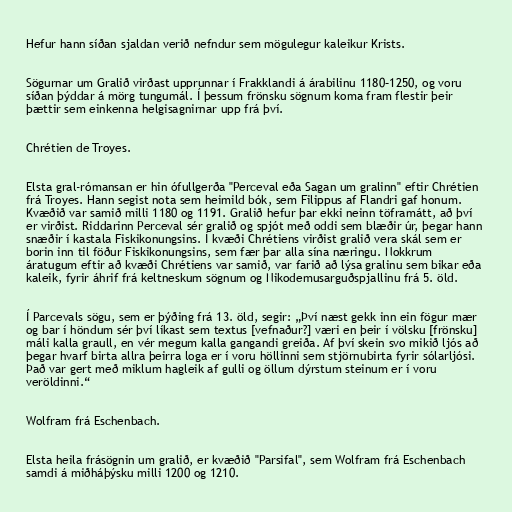
Hefur hann síðan sjaldan verið nefndur sem mögulegur kaleikur Krists.

Sögurnar um Gralið virðast upprunnar í Frakklandi á árabilinu 1180–1250, og voru
síðan þýddar á mörg tungumál. Í þessum frönsku sögnum koma fram flestir þeir
þættir sem einkenna helgisagnirnar upp frá því.

Chrétien de Troyes.

Elsta gral-rómansan er hin ófullgerða "Perceval eða Sagan um gralinn" eftir Chrétien
frá Troyes. Hann segist nota sem heimild bók, sem Filippus af Flandri gaf honum.
Kvæðið var samið milli 1180 og 1191. Gralið hefur þar ekki neinn töframátt, að því
er virðist. Riddarinn Perceval sér gralið og spjót með oddi sem blæðir úr, þegar hann
snæðir í kastala Fiskikonungsins. Í kvæði Chrétiens virðist gralið vera skál sem er
borin inn til föður Fiskikonungsins, sem fær þar alla sína næringu. Nokkrum
áratugum eftir að kvæði Chrétiens var samið, var farið að lýsa gralinu sem bikar eða
kaleik, fyrir áhrif frá keltneskum sögnum og Nikodemusarguðspjallinu frá 5. öld.

Í Parcevals sögu, sem er þýðing frá 13. öld, segir: „Því næst gekk inn ein fögur mær
og bar í höndum sér því líkast sem textus [vefnaður?] væri en þeir í völsku [frönsku]
máli kalla graull, en vér megum kalla gangandi greiða. Af því skein svo mikið ljós að
þegar hvarf birta allra þeirra loga er í voru höllinni sem stjörnubirta fyrir sólarljósi.
Það var gert með miklum hagleik af gulli og öllum dýrstum steinum er í voru
veröldinni.“

Wolfram frá Eschenbach.

Elsta heila frásögnin um gralið, er kvæðið "Parsifal", sem Wolfram frá Eschenbach
samdi á miðháþýsku milli 1200 og 1210.